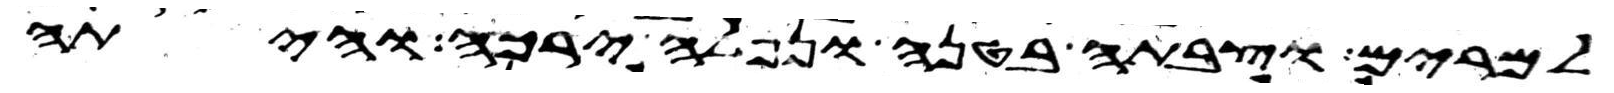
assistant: למרים וצבתה בטנה ונפלה ירכה והיתה